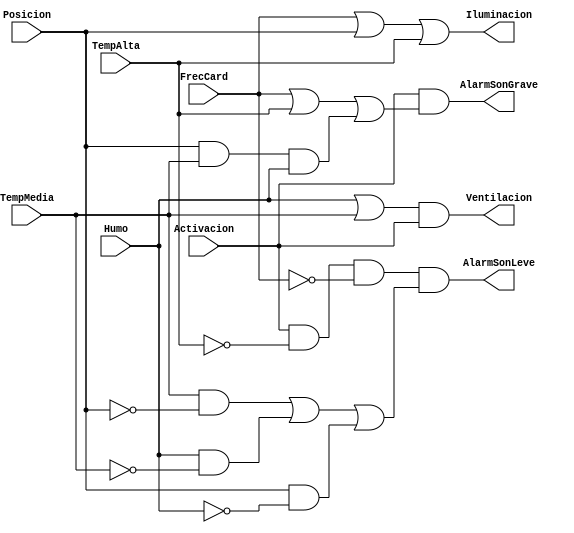
`timescale 1ns / 1ps
//////////////////////////////////////////////////////////////////////////////////
// Company: 
// Engineer: 
// 
// Design Name: 
// Module Name:    Decodificador_alertas 
// Project Name: 
// Target Devices: 
// Tool versions: 
// Description: 
//
// Dependencies: 
//
// Revision: 
// Revision 0.01 - File Created
// Additional Comments: 
//
//////////////////////////////////////////////////////////////////////////////////
module Decodificador_alertas(
    input FrecCard, TempAlta, TempMedia, Posicion, Humo, Activacion,
    output Ventilacion, Iluminacion,AlarmSonGrave,AlarmSonLeve
    );
	 assign Iluminacion=(FrecCard|Posicion|TempAlta);
	 assign Ventilacion=(Humo|TempMedia)&Activacion;
	 assign AlarmSonGrave=Activacion&(FrecCard|TempAlta|(Posicion&TempMedia&Humo));
	 assign AlarmSonLeve=Activacion&(~TempAlta)&(~FrecCard)&((TempMedia&~Posicion)|(Humo&~TempMedia)|(Posicion&~Humo));
	 
endmodule